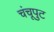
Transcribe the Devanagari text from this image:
चंचूपुट